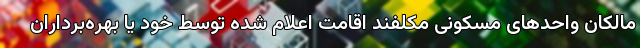
مالکان واحدهای مسکونی مکلفند اقامت اعلام ‌شده توسط خود یا بهره‌برداران